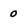
Character: 0